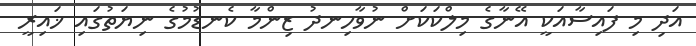
އަދި މި ފައިސާއަކީ އޭނާގެ މިލްކަކަށް ނުވާހިނދު ޒިންމާ ކެނޑުމުގެ ނިޔަތުގައި ޚައިރީ